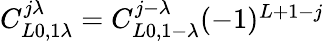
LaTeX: \begin{array}{r}{C_{L0,1\lambda}^{j\lambda}=C_{L0,1-\lambda}^{j-\lambda}(-1)^{L+1-j}}\end{array}